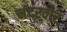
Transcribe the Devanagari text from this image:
नंदरवार